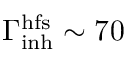
\Gamma _ { \mathrm { i n h } } ^ { \mathrm { h f s } } \sim 7 0